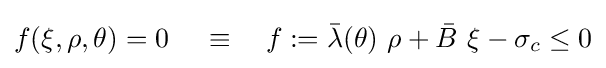
f(\xi ,\rho ,\theta )=0\,\quad \equiv \quad f:={\bar {\lambda }}(\theta )~\rho +{\bar {B}}~\xi -\sigma _{c}\leq 0